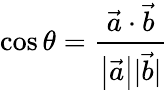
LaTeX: \cos\theta={\frac{{\vec{a}}\cdot{\vec{b}}}{\left|{\vec{a}}\right||{\vec{b}}|}}